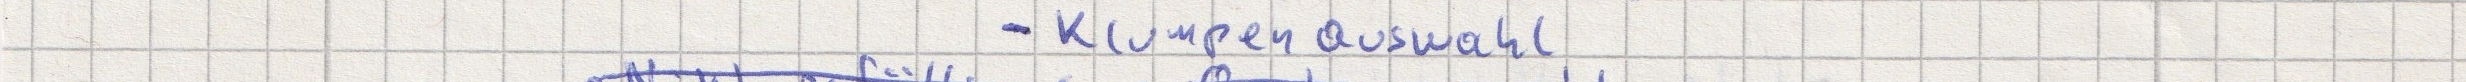
- Klumpenauswahl